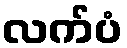
လက်ပံ